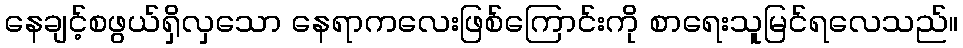
နေချင့်စဖွယ်ရှိလှသော နေရာကလေးဖြစ်ကြောင်းကို စာရေးသူမြင်ရလေသည်။